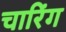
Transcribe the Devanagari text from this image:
चारिंग